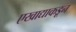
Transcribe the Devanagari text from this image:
एखाद्याकडून